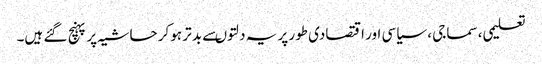
تعلیمی، سماجی ، سیاسی اور اقتصادی طور پر یہ دلتوںسے بد تر ہوکر حاشیہ پر پہنچ گئے ہیں۔